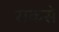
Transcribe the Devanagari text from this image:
सकसे